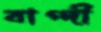
বাগ্‌দী